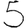
Digit: 5